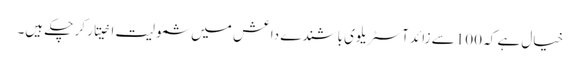
خیال ہے کہ 100 سے زائد آسٹریلوی باشندے داعش میں شمولیت اخیتار کر چکے ہیں۔